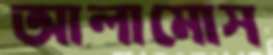
আলামোস